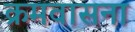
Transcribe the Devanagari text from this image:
क्रमवासना